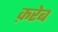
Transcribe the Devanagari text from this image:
क़रेब